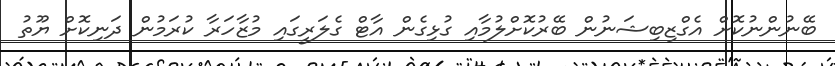
ބޭނުންނުކޮށް އެގްޒިބިޝަނުން ބޭރުކޮށްލުމާއި ގުޅިގެން އާޓް ގެލަރީގައި މުޒާހަރާ ކުރަމުން ދަނިކޮށް ޔޫތު